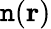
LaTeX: \mathtt{n}(\mathbf{{r}})